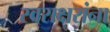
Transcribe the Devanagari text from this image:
स्वराक्षरांना